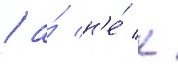
/ а́ н'е́ к